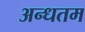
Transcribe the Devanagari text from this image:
अन्धतम